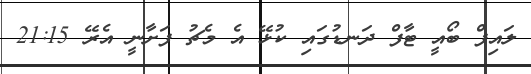
ލައިފް ބޯއީ ޓާފް ދަނޑުގައި ކުޅޭ އެ މެޗު ފަށާނީ އެރޭ 21:15